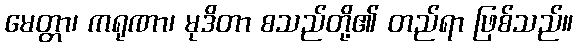
မေတ္တာ၊ ကရုဏာ၊ မုဒိတာ စသည်တို့၏ တည်ရာ ဖြစ်သည်။